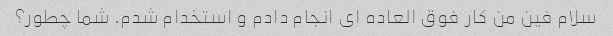
سلام فین من کار فوق العاده ای انجام دادم و استخدام شدم. شما چطور؟